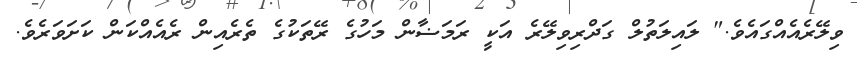
ވިލޭރެއެއްގައެވެ." ލައިލަތުލް ގަދްރިވިލޭރެ އަކީ ރަމަޟާން މަހުގެ ރޭތަކުގެ ތެރެއިން ރެއެއްކަން ކަށަވަރެވެ.